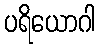
ပရိယောဂါ